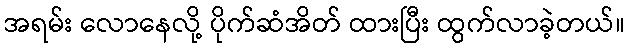
အရမ်း လောနေလို့ ပိုက်ဆံအိတ် ထားပြီး ထွက်လာခဲ့တယ်။